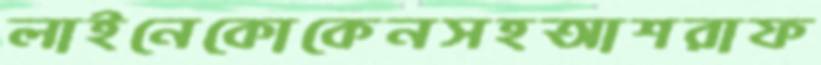
লাইনেকোকেনসহআশরাফ